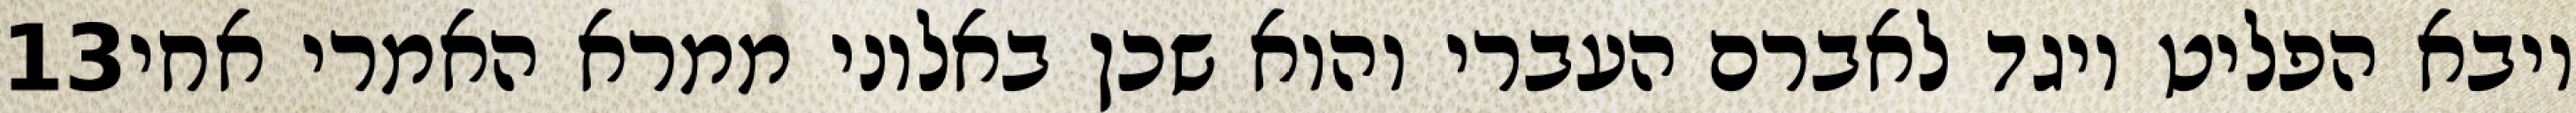
‎13‏ ויבא הפליט ויגד לאברם העברי והוא שכן באלוני ממרא האמרי אחי